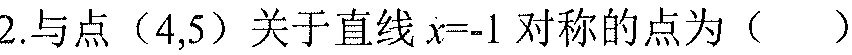
2.与点\((4,5)\)关于直线\(x = - 1\)对称的点为（  ）